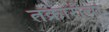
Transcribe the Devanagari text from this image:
तक्रारींचा